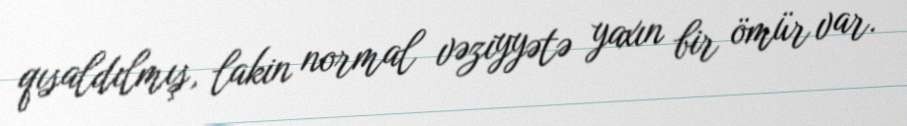
qısaldılmış, lakin normal vəziyyətə yaxın bir ömür var.